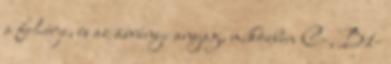
a fehérje, és az ásványi anyag, miközben C-, B1-